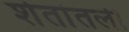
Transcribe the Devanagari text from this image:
शेतांतली